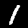
Digit: 1